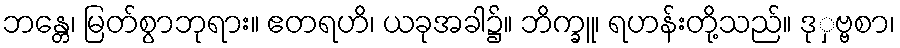
ဘန္တေ၊ မြတ်စွာဘုရား။ ဧတရဟိ၊ ယခုအခါ၌။ ဘိက္ခူ၊ ရဟန်းတို့သည်။ ဒုှဗ္ဗစာ၊